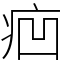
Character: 㾎